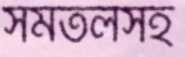
সমতলসহ